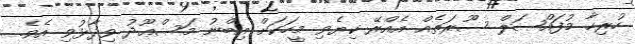
ހުރިހާ މުފައްޞަލް ސޫރަތެއް އެއްރޭ ކިޔެވި މީހަކަށް އިބްނު މަސްޢޫދު ވިދާޅުވި އެވެ.